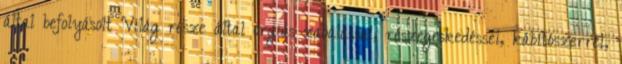
által befolyásolt Világ része által orgiás zabálással, részegeskedéssel, kábítószerrel,